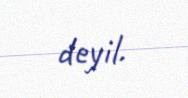
deyil.